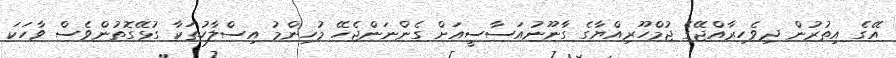
އޭގެ އިތުރުން ދިވެހިރާއްޖޭގެ ޖުމްހޫރިއްޔާގެ ގާނޫނުއަސާސީއަށް ގެންނަންޖެހޭ މުހިންމު އިސްލާހުތަކާ ގުޅޭގޮތުންވެސް ވާހަކަ